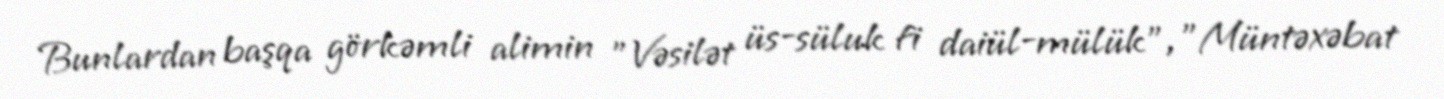
Bunlardan başqa görkəmli alimin "Vəsilət üs-süluk fi daiül-mülük", "Müntəxəbat